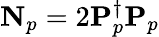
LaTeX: \mathbf{N}_{p}=2\mathbf{P}_{p}^{\dagger}\mathbf{P}_{p}